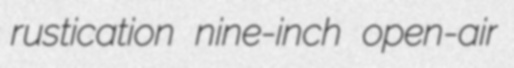
rustication nine-inch open-air